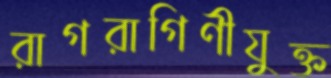
রাগরাগিণীযুক্ত